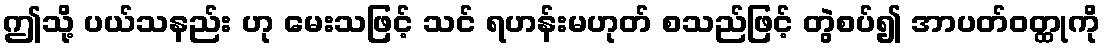
ဤသို့ ပယ်သနည်း ဟု မေးသဖြင့် သင် ရဟန်းမဟုတ် စသည်ဖြင့် တွဲစပ်၍ အာပတ်ဝတ္ထုကို